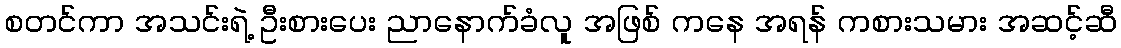
စတင်ကာ အသင်းရဲ့ ဦးစားပေး ညာနောက်ခံလူ အဖြစ် ကနေ အရန် ကစားသမား အဆင့်ဆီ